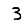
Digit: 3